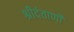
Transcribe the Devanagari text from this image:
श्रीदंताणी